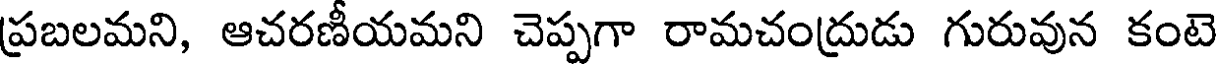
ప్రబలమని, ఆచరణీయమని చెప్పగా రామచంద్రుడు గురువున కంటె